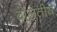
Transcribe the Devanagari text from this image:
दोलतीय